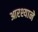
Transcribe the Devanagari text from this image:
आरश्याने